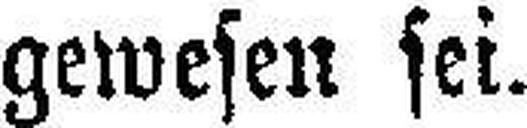
gewesen sei.